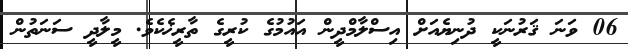
06 ވަނަ ޤަރުނަކީ ދުނިޔެއަށް އިސްލާމްދީން އައުމުގެ ކުރީގެ ތާރީޚެކެވެ. މީލާދީ ސަނަތުން